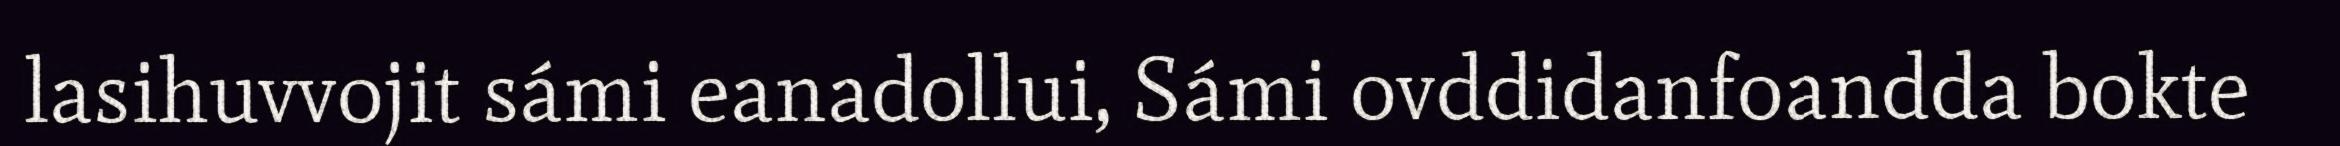
lasihuvvojit sámi eanadollui, Sámi ovddidanfoandda bokte